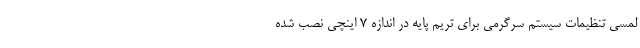
لمسی تنظیمات سیستم سرگرمی برای تریم پایه در اندازه 7 اینچی نصب شده